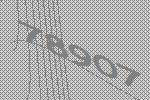
78907